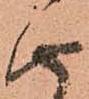
由